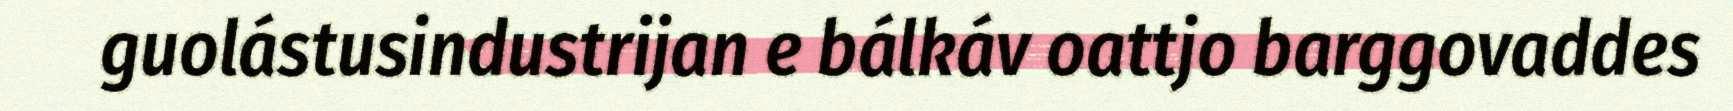
guolástusindustrijan e bálkáv oattjo barggovaddes